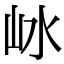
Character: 𡵰